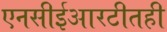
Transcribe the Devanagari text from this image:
एनसीईआरटीतही